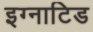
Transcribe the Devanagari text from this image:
इग्नाटिड